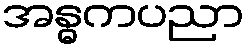
အန္ဓကပညာ